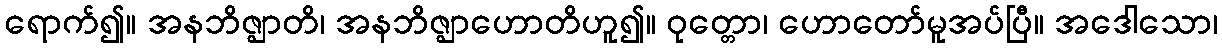
ရောက်၍။ အနဘိဇ္ဈာတိ၊ အနဘိဇ္ဈာဟောတိဟူ၍။ ဝုတ္တော၊ ဟောတော်မူအပ်ပြီ။ အဒေါသော၊